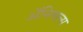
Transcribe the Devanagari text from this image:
अॅनिमल्स